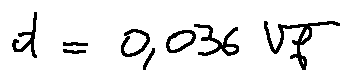
d = 0 , 0 3 6 \sqrt { f }